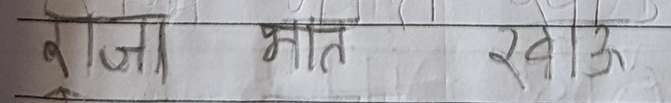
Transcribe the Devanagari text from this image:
राजा भात खाऊ